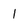
Character: l